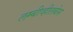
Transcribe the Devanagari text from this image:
लम्बीव्हीलबेस